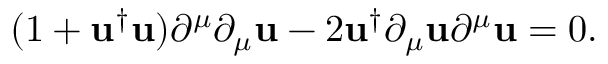
( 1 + { \mathbf { u } } ^ { \dag } { \mathbf { u } } ) \partial ^ { \mu } \partial _ { \mu } { \mathbf { u } } - 2 { \mathbf { u } } ^ { \dag } \partial _ { \mu } { \mathbf { u } } \partial ^ { \mu } { \mathbf { u } } = 0 .